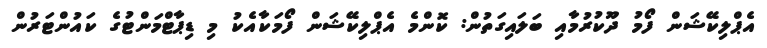
އެޕްލިކޭޝަން ފޯމު ދޫކުރުމާއި ބަލައިގަތުން: ކޮންމެ އެޕްލިކޭޝަން ފޯމަކާއެކު މި ޑިޕާޓްމަންޓުގެ ކައުންޓަރުން